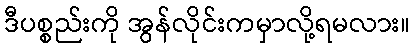
ဒီပစ္စည်းကို အွန်လိုင်းကမှာလို့ရမလား။